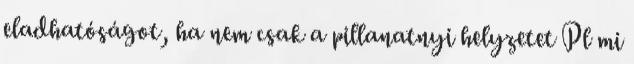
eladhatóságot, ha nem csak a pillanatnyi helyzetet Pl mi